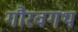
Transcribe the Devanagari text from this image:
गौरवगंथ